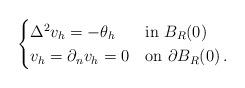
LaTeX: \begin{align*}\begin{cases}\Delta^2 v_h=-\theta_h&\textrm{in }B_R(0)\\v_h=\partial_nv_h=0&\textrm{on }\partial B_R(0)\,.\end{cases}\end{align*}